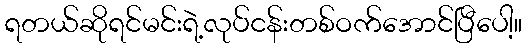
ရတယ်ဆိုရင်မင်းရဲ့လုပ်ငန်းတစ်ဝက်အောင်ပြီပေါ့။